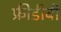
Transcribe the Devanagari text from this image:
फ्रीडीबी